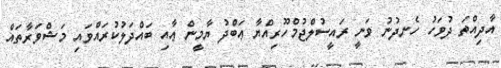
އާދިއްތަ ދުވަހު ހެނދުނު ވަނީ ރައީސުލްޖުމްހޫރިއްޔާ ޢަބްދު ޔާމީން ޢާއި ބައްދަލުކުރައްވައި މަޝްވަރާތައް